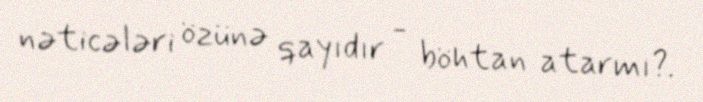
nəticələri özünə qayıdır - böhtan atarmı?.